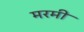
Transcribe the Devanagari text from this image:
मरमी